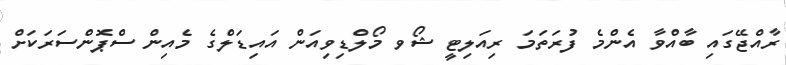
ރާއްޖޭގައި ބާއްވާ އެންމެ ފުރަތަމަ ރިއަލިޓީ ޝޯވ މޯލްޑިވިއަން އައިޑަލްގެ މެއިން ސްޕޮންސަރަކަށް